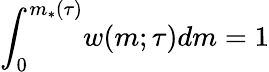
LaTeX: \int_{0}^{m_{*}(\tau)}\! w(m;\tau)dm=1